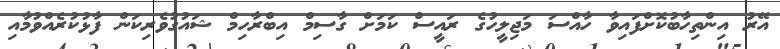
އޭރު އިންތިހާބުކޮށްފައިވާ ހާއްސަ މަޖިލީހުގެ ރައީސް ކަމަށް ގާސިމް އިބްރާހިމް ޝައުގުވެރިކަން ފާޅުކުރެއްވުމާއި